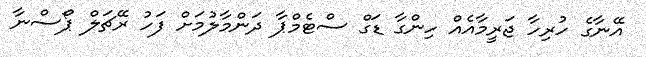
އޭނާގެ ހުރިހާ ޖަރީމާއެއް ހިންގާ ޑަގް ސްޓެމްޕާ ދަންމާލުމަށް ފަހު ރޭޗަލް ޕޯސްނާ